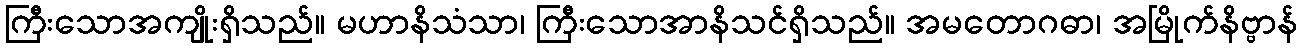
ကြီးသောအကျိုးရှိသည်။ မဟာနိသံသာ၊ ကြီးသောအာနိသင်ရှိသည်။ အမတောဂဓာ၊ အမြိုက်နိဗ္ဗာန်